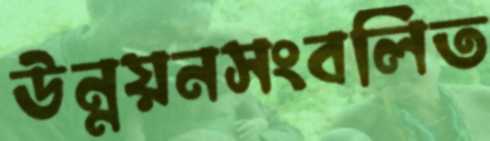
উন্নয়নসংবলিত